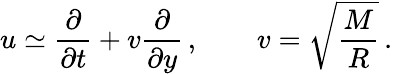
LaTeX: u\simeq\frac{\partial}{\partial t}+v\frac{\partial}{\partial y}\, ,\qquad v=\sqrt{\frac{M}{R}}\, .